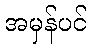
အမှန်ပင်